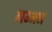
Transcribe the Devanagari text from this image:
नम्मन